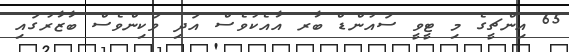
65 އިންޗީގެ މި ޓީވީ ސައުންޑް ބާރ އާއެކުވެސް އަދި ވަކިންވެސް ބާޒާރުގައި